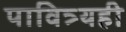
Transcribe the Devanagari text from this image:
पावित्र्यही